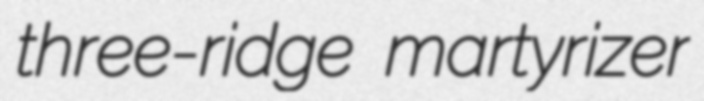
three-ridge martyrizer